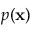
p ( \mathbf { x } )